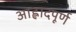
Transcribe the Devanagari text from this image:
आह्लादपूर्ण